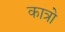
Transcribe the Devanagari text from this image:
कात्रो